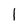
Character: l